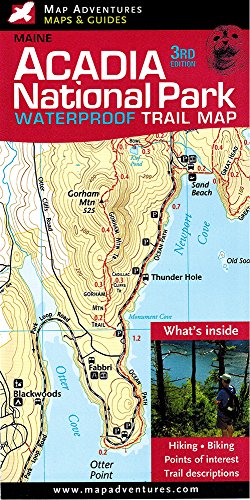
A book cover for Acadia National Park Waterproof Trail Map, Maine; Jill Keefe; Reference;